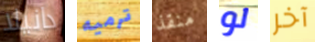
دانيلا ترميه منقذ لو آخر